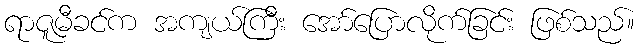
ရာဇူမီခင်က အကျယ်ကြီး အော်ပြောလိုက်ခြင်း ဖြစ်သည်။